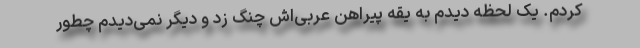
‌کردم. یک لحظه دیدم به یقه پیراهن عربی‌اش چنگ زد و دیگر نمی‌دیدم چطور